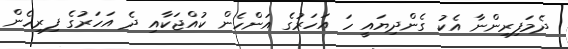
ދެމަފިރިންނާ އެކު ގެންދިޔައީ ހަ އަހަރުގެ އަންހެން ކުއްޖަކާއި ދެ އަހަރުގެ ފިރިހެން